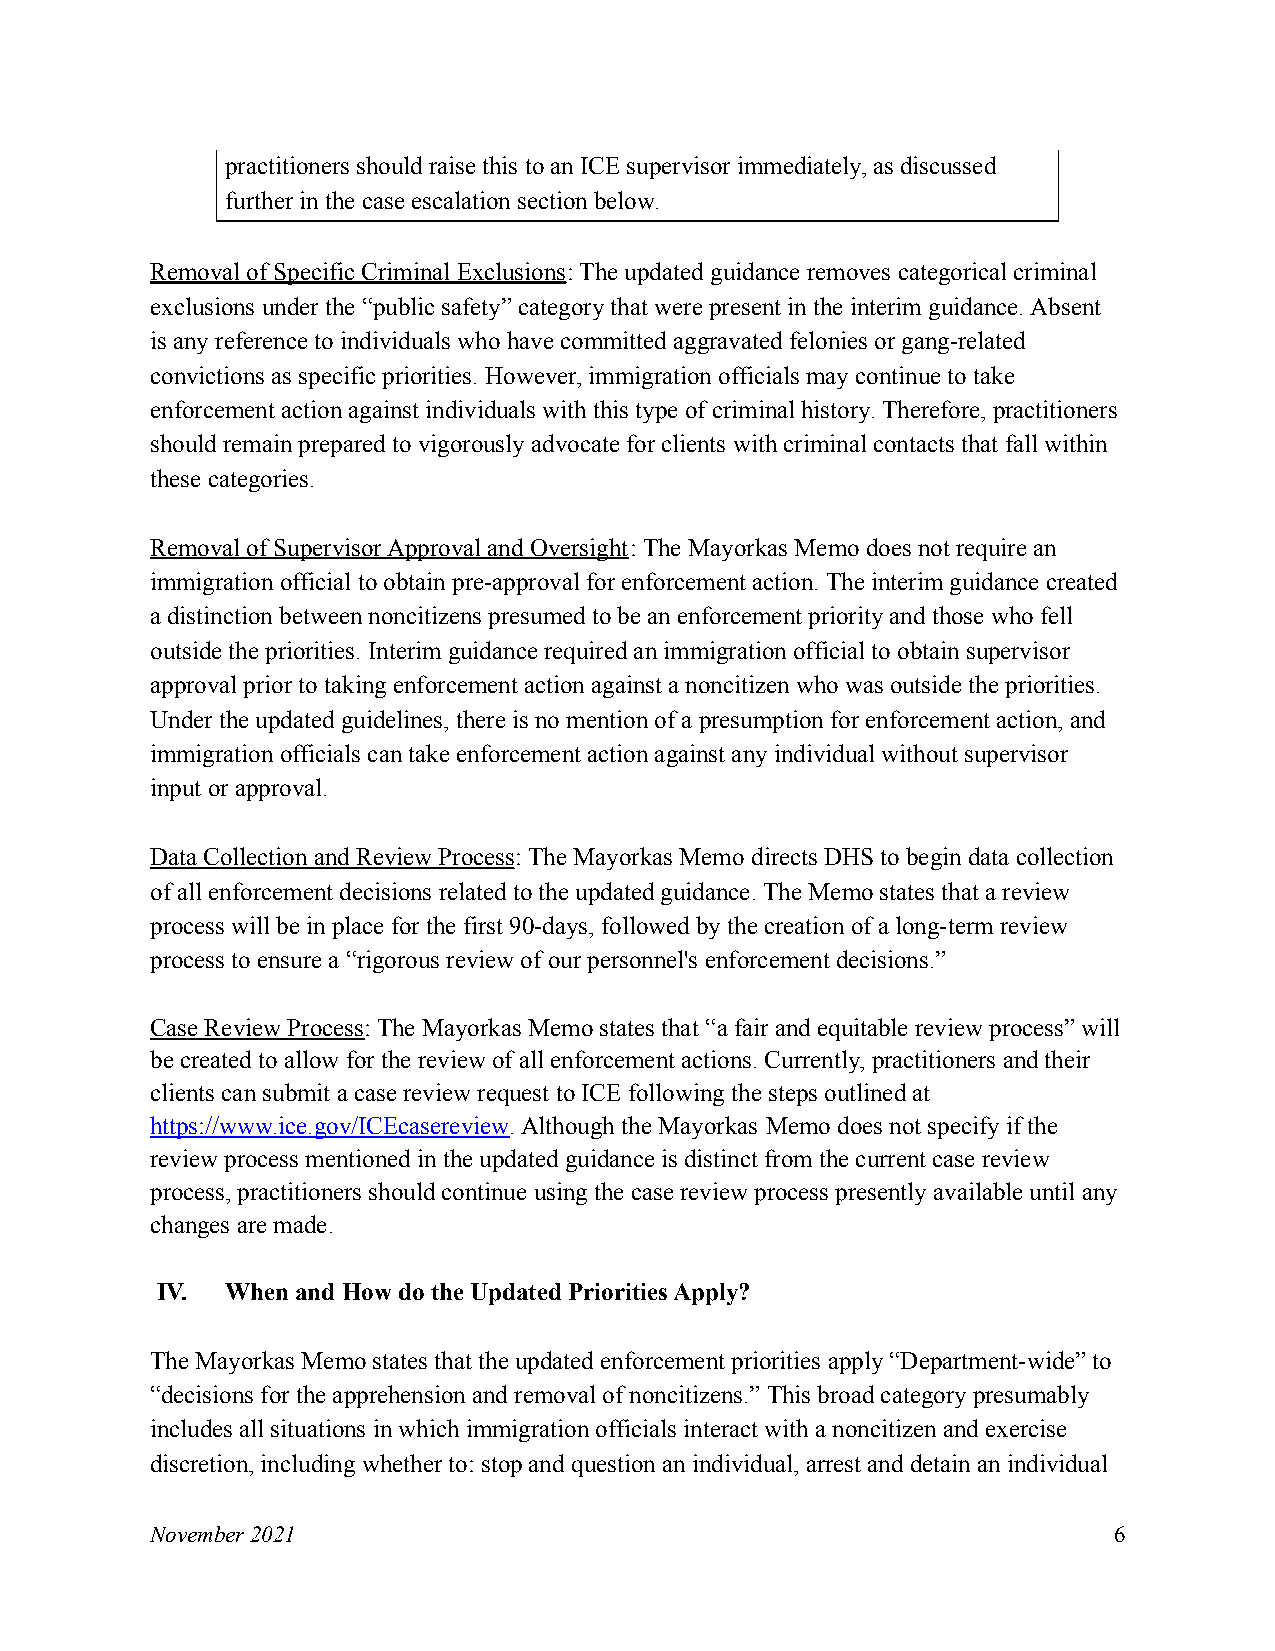
practitioners should raise this to an ICE supervisor immediately, as discussed
 further in the case escalation section below.
 Removal of Specific Criminal Exclusions: The updated guidance removes categorical criminal
 exclusions under the “public safety” category that were present in the interim guidance. Absent
 is any reference to individuals who have committed aggravated felonies or gang-related
 convictions as specific priorities. However, immigration officials may continue to take
 enforcement action against individuals with this type of criminal history. Therefore, practitioners
 should remain prepared to vigorously advocate for clients with criminal contacts that fall within
 these categories.
 Removal of Supervisor Approval and Oversight: The Mayorkas Memo does not require an
 immigration official to obtain pre-approval for enforcement action. The interim guidance created
 a distinction between noncitizens presumed to be an enforcement priority and those who fell
 outside the priorities. Interim guidance required an immigration official to obtain supervisor
 approval prior to taking enforcement action against a noncitizen who was outside the priorities.
 Under the updated guidelines, there is no mention of a presumption for enforcement action, and
 immigration officials can take enforcement action against any individual without supervisor
 input or approval.
 Data Collection and Review Process: The Mayorkas Memo directs DHS to begin data collection
 of all enforcement decisions related to the updated guidance. The Memo states that a review
 process will be in place for the first 90-days, followed by the creation of a long-term review
 process to ensure a “rigorous review of our personnel's enforcement decisions.”
 Case Review Process: The Mayorkas Memo states that “a fair and equitable review process” will
 be created to allow for the review of all enforcement actions. Currently, practitioners and their
 clients can submit a case review request to ICE following the steps outlined at
 https://www.ice.gov/ICEcasereview. Although the Mayorkas Memo does not specify if the
 review process mentioned in the updated guidance is distinct from the current case review
 process, practitioners should continue using the case review process presently available until any
 changes are made.
 IV.  When and How do the Updated Priorities Apply?
 The Mayorkas Memo states that the updated enforcement priorities apply “Department-wide” to
 “decisions for the apprehension and removal of noncitizens.” This broad category presumably
 includes all situations in which immigration officials interact with a noncitizen and exercise
 discretion, including whether to: stop and question an individual, arrest and detain an individual
 November 2021                                                   6